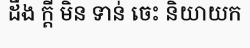
ដឹង ក្តី មិន ទាន់ ចេះ និយាយក